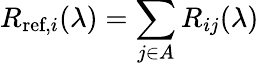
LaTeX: R_{\textrm{ref},i}(\lambda)=\sum_{j\in A}R_{ij}(\lambda)